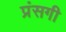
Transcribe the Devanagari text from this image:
प्रंसगी